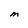
Character: M